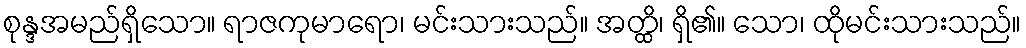
စုန္ဒအမည်ရှိသော။ ရာဇကုမာရော၊ မင်းသားသည်။ အတ္ထိ၊ ရှိ၏။ သော၊ ထိုမင်းသားသည်။